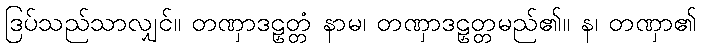
ဒြပ်သည်သာလျှင်။ တဏှာဒဠှတ္တံ နာမ၊ တဏှာဒဠှတ္တမည်၏။ န၊ တဏှာ၏